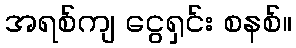
အရစ်ကျ ငွေရှင်း စနစ်။